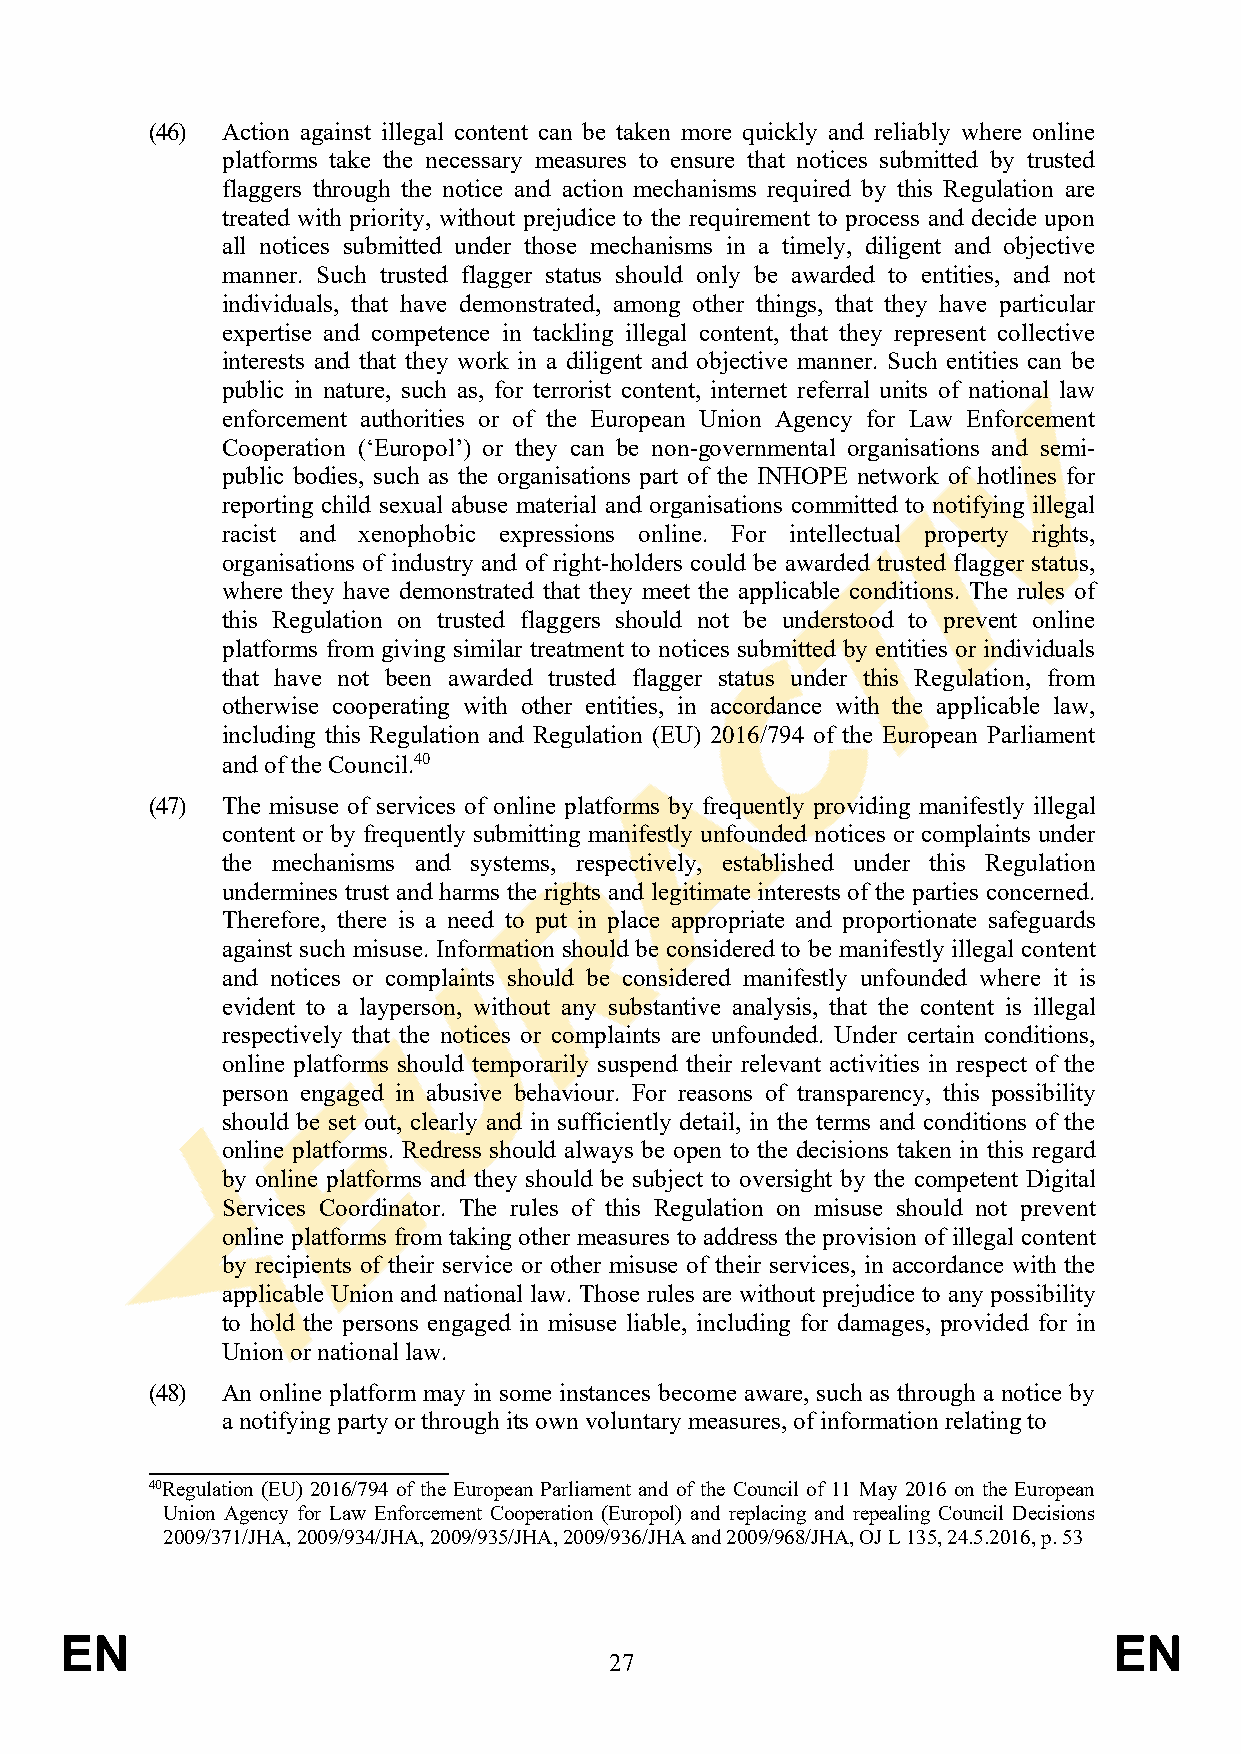
(46) Action against illegal content can be taken more quickly and reliably where online
 platforms take the necessary measures to ensure that notices submitted by trusted
 flaggers through the notice and action mechanisms required by this Regulation are
 treated with priority, without prejudice to the requirement to process and decide upon
 all notices submitted under those mechanisms in a timely, diligent and objective
 manner. Such trusted flagger status should only be awarded to entities, and not
 individuals, that have demonstrated, among other things, that they have particular
 expertise and competence in tackling illegal content, that they represent collective
 interests and that they work in a diligent and objective manner. Such entities can be
 public in nature, such as, for terrorist content, internet referral units of national law
 enforcement authorities or of the European Union Agency for Law Enforcement
 Cooperation (‘Europol’) or they can be non-governmental organisations and semi-
 public bodies, such as the organisations part of the INHOPE network of hotlines for
 reporting child sexual abuse material and organisations committed to notifying illegal
 racist and xenophobic expressions online. For intellectual property rights,
 organisations of industry and of right-holders could be awarded trusted flagger status,
 where they have demonstrated that they meet the applicable conditions. The rules of
 this Regulation on trusted flaggers should not be understood to prevent online
 platforms from giving similar treatment to notices submitted by entities or individuals
 that have not been awarded trusted flagger status under this Regulation, from
 otherwise cooperating with other entities, in accordance with the applicable law,
 including this Regulation and Regulation (EU) 2016/794 of the European Parliament
 and of the Council.40
 (47) The misuse of services of online platforms by frequently providing manifestly illegal
 content or by frequently submitting manifestly unfounded notices or complaints under
 the mechanisms and systems, respectively, established under this Regulation
 undermines trust and harms the rights and legitimate interests of the parties concerned.
 Therefore, there is a need to put in place appropriate and proportionate safeguards
 against such misuse. Information should be considered to be manifestly illegal content
 and notices or complaints should be considered manifestly unfounded where it is
 evident to a layperson, without any substantive analysis, that the content is illegal
 respectively that the notices or complaints are unfounded. Under certain conditions,
 online platforms should temporarily suspend their relevant activities in respect of the
 person engaged in abusive behaviour. For reasons of transparency, this possibility
 should be set out, clearly and in sufficiently detail, in the terms and conditions of the
 online platforms. Redress should always be open to the decisions taken in this regard
 by online platforms and they should be subject to oversight by the competent Digital
 Services Coordinator. The rules of this Regulation on misuse should not prevent
 online platforms from taking other measures to address the provision of illegal content
 by recipients of their service or other misuse of their services, in accordance with the
 applicable Union and national law. Those rules are without prejudice to any possibility
 to hold the persons engaged in misuse liable, including for damages, provided for in
 Union or national law.
 (48) An online platform may in some instances become aware, such as through a notice by
 a notifying party or through its own voluntary measures, of information relating to
 40Regulation (EU) 2016/794 of the European Parliament and of the Council of 11 May 2016 on the European
 Union Agency for Law Enforcement Cooperation (Europol) and replacing and repealing Council Decisions
 2009/371/JHA, 2009/934/JHA, 2009/935/JHA, 2009/936/JHA and 2009/968/JHA, OJ L 135, 24.5.2016, p. 53
 EN                                                                    EN
 27